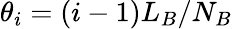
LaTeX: \theta_{i}=(i-1)L_{B}/N_{B}